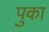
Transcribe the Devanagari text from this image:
पुका